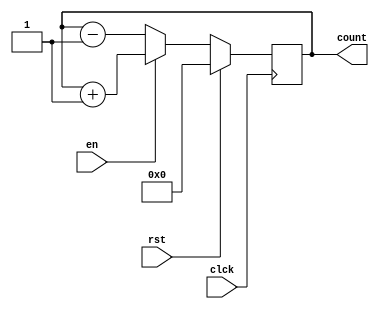
module Sync_UpDown_Counter(
input clck,rst,en,
output [7:0]count );

reg [7:0]count=0;

always @ (posedge clck) begin 
if(rst==1)  
    count=8'b00000000;  // initailise 0 when reset=1
else if (en==1)         // when enable is 1 act as Up counter
    count=count + 1'b1; // Up Counter 
else                    // when enable is 0 act as Down Counter
    count=count - 1'b1; // Down Counter
end
   
endmodule